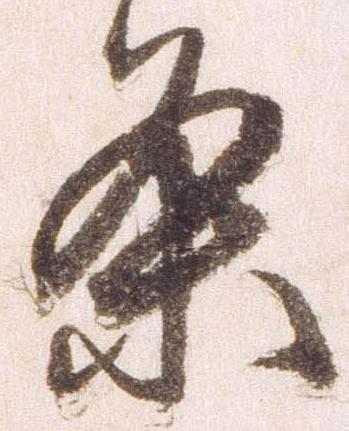
条